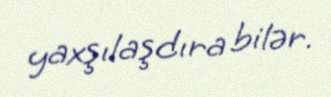
yaxşılaşdıra bilər.